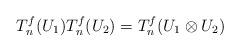
LaTeX: \begin{align*}T_n^f(U_1) T_n^f(U_2) = T_n^f (U_1 \otimes U_2)\end{align*}